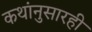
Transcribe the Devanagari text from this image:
कथांनुसारही